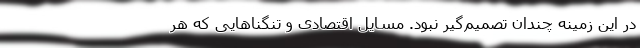
در این زمینه چندان تصمیم‌گیر نبود. مسایل اقتصادی و تنگناهایی که هر